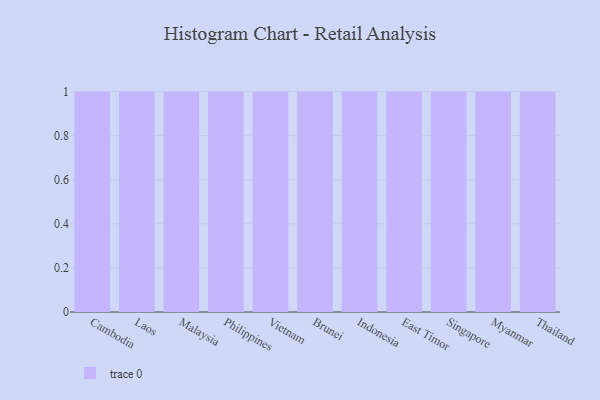
{"axis": {"x": "Country", "y": "Population (Million)"}, "legend": [""], "data": [{"x": "Cambodia", "y": 51, "type": ""}, {"x": "Laos", "y": 96, "type": ""}, {"x": "Malaysia", "y": 39, "type": ""}, {"x": "Philippines", "y": 92, "type": ""}, {"x": "Vietnam", "y": 43, "type": ""}, {"x": "Brunei", "y": 33, "type": ""}, {"x": "Indonesia", "y": 20, "type": ""}, {"x": "East Timor", "y": 1, "type": ""}, {"x": "Singapore", "y": 17, "type": ""}, {"x": "Myanmar", "y": 47, "type": ""}, {"x": "Thailand", "y": 94, "type": ""}]}